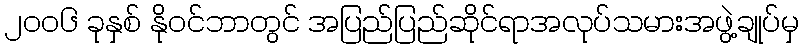
၂၀၀၆ ခုနှစ် နိုဝင်ဘာတွင် အပြည်ပြည်ဆိုင်ရာအလုပ်သမားအဖွဲ့ချုပ်မှ